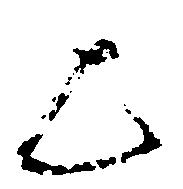
歟